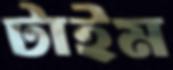
টাইম